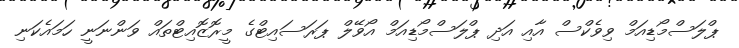
ޕްލަސްމޯޑިއަމް ވިވެކްސް އާއި އަދި ޕްލަސްމޯޑިއަމް އޯވޭލް ޕަރަސައިޓްގެ މީރޮޒޮއިޓްތައް ވަންނަނީ ހަމައެކަނި